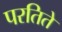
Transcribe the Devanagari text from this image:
परतिते